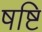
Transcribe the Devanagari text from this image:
षष्टि